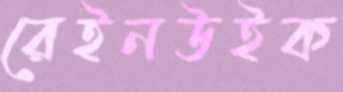
রেইনউইক